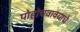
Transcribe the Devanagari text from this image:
पोहोचवावयाचे